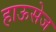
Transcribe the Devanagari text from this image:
हाऊसेज